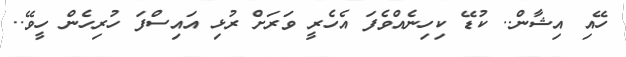
ހޭއި އިޝާން.. ކުޑޭ ކިހިނެއްވެފަ އެހެރީ ވަރަށް ރުޅި އައިސްފަ ހުރިހެން ހީވޭ..